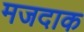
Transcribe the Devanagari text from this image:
मजदाक